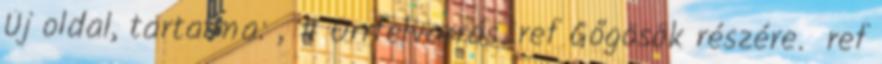
Új oldal, tartalma: „# Orrfelvarrás. ref Gőgösök részére. ref